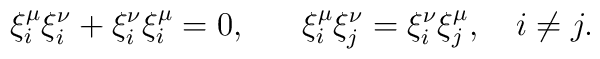
\xi^\mu_i \xi^\nu_i+\xi^\nu_i\xi^\mu_i = 0, ~~~~~\xi^\mu_i \xi^\nu_j=\xi^\nu_i\xi^\mu_j, ~~~i\neq j .